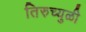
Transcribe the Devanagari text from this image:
तिरुच्युळी